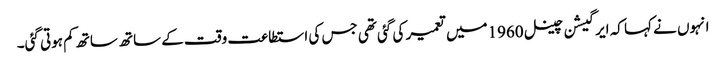
انہوں نے کہا کہ ایرگیشن چینل 1960میں تعمیر کی گئی تھی جس کی استطاعت وقت کے ساتھ ساتھ کم ہوتی گئی۔